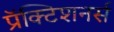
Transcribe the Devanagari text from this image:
प्रॅक्टिशनर्स